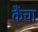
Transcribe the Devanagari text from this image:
कैंचा